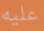
عليه